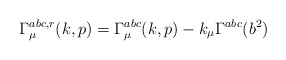
\begin{align*}\Gamma^{abc,r}_{\mu}(k,p)= \Gamma^{abc}_{\mu}(k,p)-k_{\mu} \Gamma^{abc}(b^2) \end{align*}